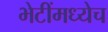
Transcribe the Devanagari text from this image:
भेटींमध्येच